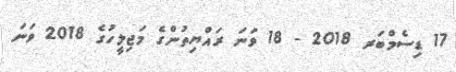
17 ޑިސެމްބަރ 2018 - 18 ވަނަ ރައްޔިތުންގެ މަޖިލީހުގެ 2018 ވަނަ